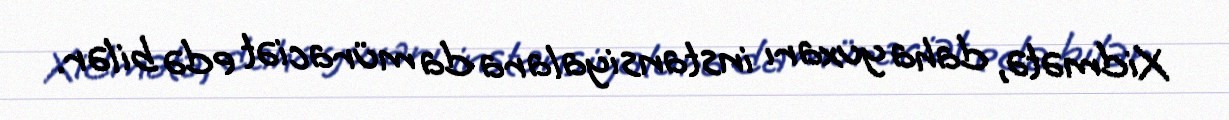
Xidmətə, daha yuxarı instansiyalara da müraciət edə bilər.